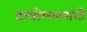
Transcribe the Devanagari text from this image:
दाभोलकरांनी